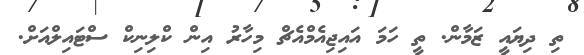
ތި ދިޔައީ ޒަމާން. ތީ ހަމަ އައިޖިއެމްއެޗް މިހާރު އިން ކްލިނިކް ސްޓައިލްއަށް.